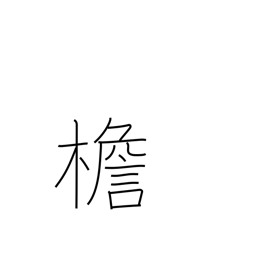
Meaning: eaves